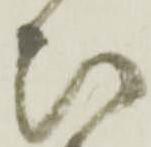
ひ